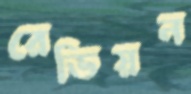
রেডিয়ন